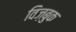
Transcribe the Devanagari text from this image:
विज़बुक